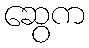
ဆွေက